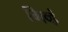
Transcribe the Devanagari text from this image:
मिव्हं